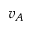
v _ { A }